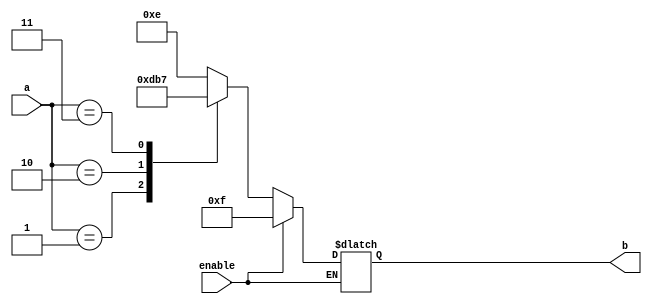
`timescale 1ns / 1ps
//////////////////////////////////////////////////////////////////////////////////
// Company: 
// Engineer: 
// 
// Design Name: 
// Module Name:    Dec1_4Case 
// Project Name: 
// Target Devices: 
// Tool versions: 
// Description: 
//
// Dependencies: 
//
// Revision: 
// Revision 0.01 - File Created
// Additional Comments: 
//
//////////////////////////////////////////////////////////////////////////////////
module Dec1_4Case(
 
input [1:0]a, //Entradas
input enable,
output reg [3:0]b //Usamos reg ya que estos pueden tomar valores (SALIDAS)//
    );
	 
always @(a,enable) //Siempre que varie algo que comienze

begin

if (enable == 0) begin // El enable es a nivel bajo, 

case(a)

2'b00: b=4'b1110; // Esto significa que en caso de que A tenga el valor 00 (Tambien lo podriamos poner en decimal)
2'b01: b=4'b1101;// pero de esta manera es mas visual, lo que dice es que en caso de que a valga 01, el vector b
2'b10: b=4'b1011; // toma el valor 1011 ya que se trata de salidas a nivel bajo.
2'b11: b=4'b0111;
endcase

if (enable == 1) begin
case (a)
2'bxx: b=4'b1111; // Si el enable esta encendido, entonces la salida son todo 0, que al ser a nivel bajo se trata de unos.
   //Las equis significan que ese valor no importa.
 
 endcase
 end
 end
 end

endmodule